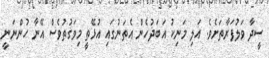
ސީދާ ވަލުފަރާތަށެވެ. އަލި މަނިކު އަބަދުހެން އެތަނުގައި އުޅޭތީ މިވަގުތުވެސް އޭނާ ހުންނަނީ